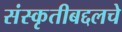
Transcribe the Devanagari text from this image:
संस्कृतीबद्दलचे